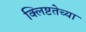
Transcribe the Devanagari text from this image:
क्लिष्टतेच्या